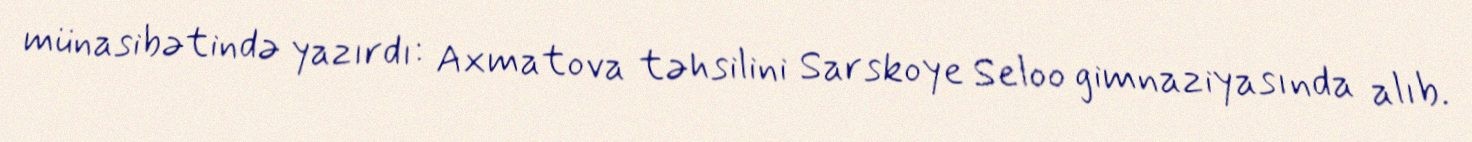
münasibətində yazırdı: Axmatova təhsilini Sarskoye Seloo gimnaziyasında alıb.